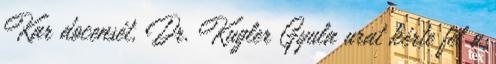
Kar docensét, Dr. Kugler Gyula urat kérte fel a